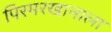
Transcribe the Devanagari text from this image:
पिरमरखानाला